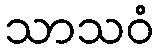
သာသဝံ